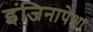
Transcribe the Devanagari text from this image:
इंजिनापेक्षा